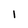
Character: I